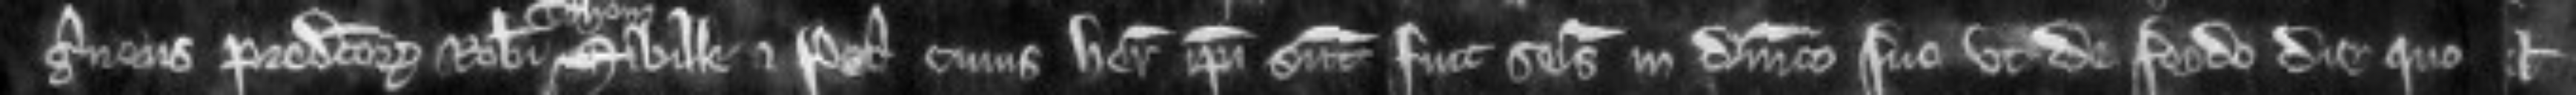
guineus predictorum Roberti Sibille et Petri cuius heredes ipsi sunt fuit seisitus in dominico suo ut de feodo die quo